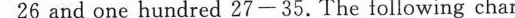
26 and one hundred 27 — 35. The follwing chart